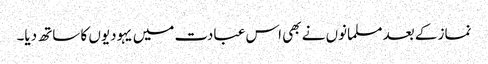
نماز کے بعد مسلمانوں نے بھی اس عبادت میں یہودیوں کا ساتھ دیا۔